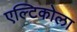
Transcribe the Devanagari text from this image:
एल्टिकोला